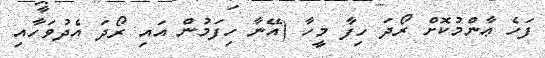
ފަހެ ޢާންމުކޮށް ރޯދަ ހިފާ މީހާ (އޭނާ ހިފަމުން އައި ރޯދަ އެދުވަހާއި